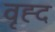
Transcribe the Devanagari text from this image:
वृह्द